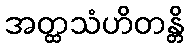
အတ္ထသံဟိတန္တိ